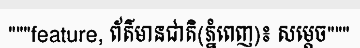
"""feature, ព័ត៌មានជាតិ(ភ្នំពេញ)៖ សម្តេច"""